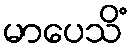
မာပေသိံ